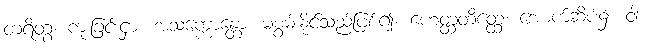
တရိတွ၊ ကူးခြင်းငှာ။ အသက္ကောန္တော၊ မစွမ်းနိုင်သည်ဖြစ်၍။ ဟေတ္ထတိတ္ထေ၊ အောက်ဆိပ်၌။ ဝါ၊